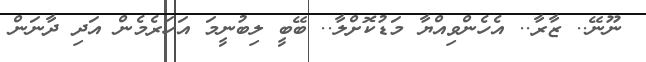
ނޫނޭ.. ޒާރާ.. އެހެންވިއްޔާ މަޑުކޮށްލާ.. ބޭބީ ލިބުނީމަ އަހަރެމެން އަދި ދާނަން